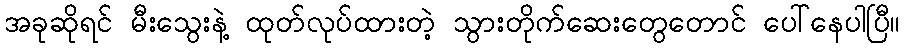
အခုဆိုရင် မီးသွေးနဲ့ ထုတ်လုပ်ထားတဲ့ သွားတိုက်ဆေးတွေတောင် ပေါ်နေပါပြီ။